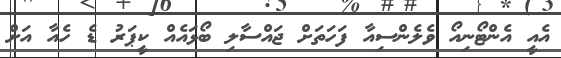
އެއީ އެންޓޯނިއޯ ވެލެންސިއާ ފަހަަތަށް ޖައްސާލި ބޯޅައެއް ކީޕަރު ޑެ ހެއާ އަށް